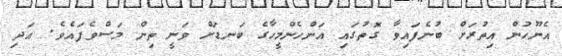
އެނޫހުން އިތުރަށް ބުނެފައިވާ ގޮތުގައި އަންހެންމީހާގެ ބަނޑަށް ވަނީ ތިން މަސްވެފައެވެ. އަދި